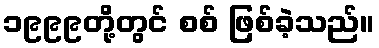
၁၉၉၉တို့တွင် စစ် ဖြစ်ခဲ့သည်။